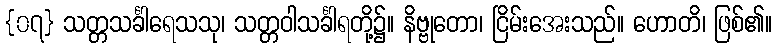
{၀၇} သတ္တသင်္ခါရေသသု၊ သတ္တဝါသင်္ခါရတို့၌။ နိဗ္ဗုတော၊ ငြိမ်းအေးသည်။ ဟောတိ၊ ဖြစ်၏။